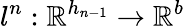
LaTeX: l^{n}:\mathbb{R}^{h_{n-1}}\rightarrow\mathbb{R}^{b}